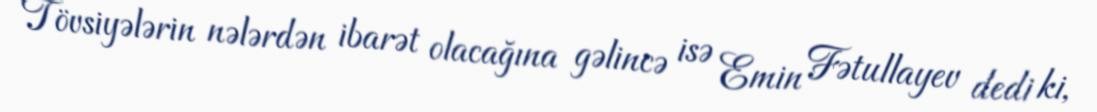
Tövsiyələrin nələrdən ibarət olacağına gəlincə isə Emin Fətullayev dedi ki,